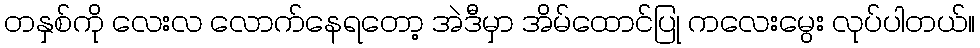
တနှစ်ကို လေးလ လောက်နေရတော့ အဲဒီမှာ အိမ်ထောင်ပြု ကလေးမွေး လုပ်ပါတယ်။